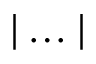
| \ldots |